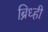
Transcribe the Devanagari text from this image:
ब्रिध्ही